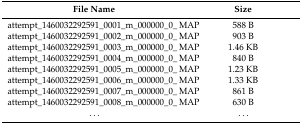
<table><thead><tr><td><b>File Name</b></td><td><b>Size</b></td></tr></thead><tbody><tr><td>attempt_1460032292591_0001_m_000000_0_ MAP</td><td>588 B</td></tr><tr><td>attempt_1460032292591_0002_m_000000_0_ MAP</td><td>903 B</td></tr><tr><td>attempt_1460032292591_0003_m_000000_0_ MAP</td><td>1.46 KB</td></tr><tr><td>attempt_1460032292591_0004_m_000000_0_ MAP</td><td>840 B</td></tr><tr><td>attempt_1460032292591_0005_m_000000_0_ MAP</td><td>1.23 KB</td></tr><tr><td>attempt_1460032292591_0006_m_000000_0_ MAP</td><td>1.33 KB</td></tr><tr><td>attempt_1460032292591_0007_m_000000_0_ MAP</td><td>861 B</td></tr><tr><td>attempt_1460032292591_0008_m_000000_0_ MAP</td><td>630 B</td></tr><tr><td>...</td><td>...</td></tr></tbody></table>